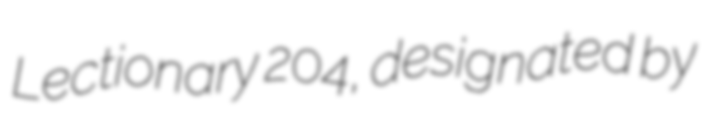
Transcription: Lectionary 204, designated by